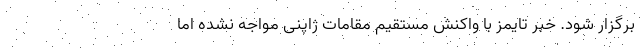
برگزار شود. خبر تایمز با واکنش مستقیم مقامات ژاپنی مواجه نشده اما